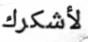
لأشكرك